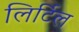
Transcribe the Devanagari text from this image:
लिर्टिल